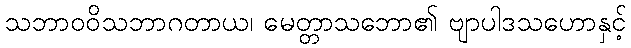
သဘာဝဝိသဘာဂတာယ၊ မေတ္တာသဘော၏ ဗျာပါဒသဟောနှင့်